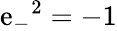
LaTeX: {\mathrm{e}_{-}}^{2}=-1